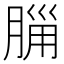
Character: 𣎂